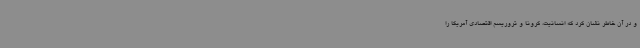
و در آن خاطر نشان کرد که انسانیت، کرونا و تروریسم اقتصادی آمریکا را